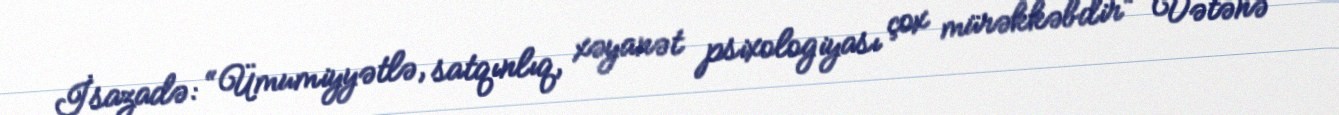
İsazadə: “Ümumiyyətlə, satqınlıq, xəyanət psixologiyası çox mürəkkəbdir” Vətənə